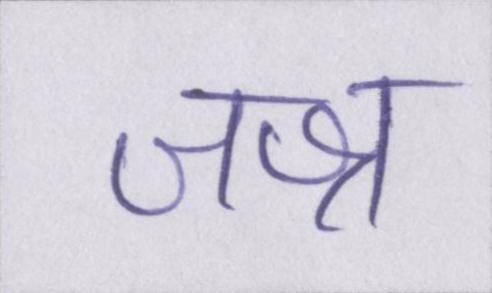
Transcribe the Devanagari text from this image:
जश्न